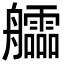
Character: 𦫃